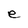
Character: e